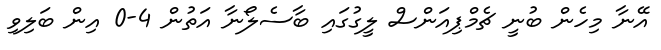
އޭނާ މިހެން ބުނީ ޗެމްޕިއަންސް ލީގުގައި ބާސެލޯނާ އަތުން 4-0 އިން ބަލިވި